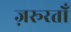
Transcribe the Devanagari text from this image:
ज़रूरतोँ